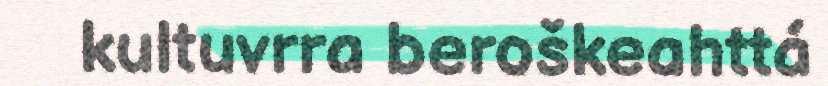
kultuvrra beroškeahttá